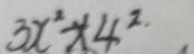
3 x ^ { 2 } - x 4 ^ { 2 \cdot }